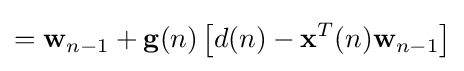
=\mathbf {w} _{n-1}+\mathbf {g} (n)\left[d(n)-\mathbf {x} ^{T}(n)\mathbf {w} _{n-1}\right]